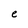
Character: e